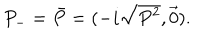
P _ { - } = \bar { P } = ( - i \sqrt { P ^ { 2 } } , \vec { 0 } ) .